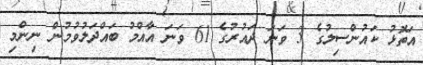
އަތޮޅު ކައުންސިލުގެ 3 ވަނަ ދައުރުގެ 61 ވަނަ އާއްމު ބައްދަލުވުމުން ނިންމި